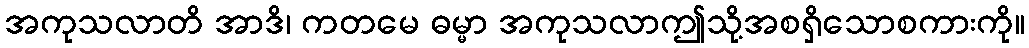
အကုသလာတိ အာဒိ၊ ကတမေ ဓမ္မာ အကုသလာဤသို့အစရှိသောစကားကို။